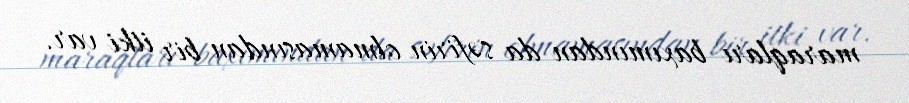
maraqları baxımından da səfirin olmamasından bir itki var.